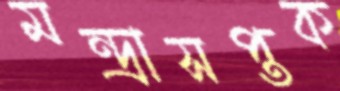
মন্দ্রাসপ্তক